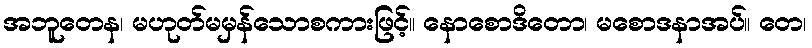
အဘူတေန၊ မဟုတ်မမှန်သောစကားဖြင့်။ နောစောဒိတော၊ မစောဒနာအပ်။ တေ၊